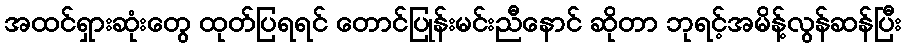
အထင်ရှားဆုံးတွေ ထုတ်ပြရရင် တောင်ပြုန်းမင်းညီနောင် ဆိုတာ ဘုရင့်အမိန့်လွန်ဆန်ပြီး